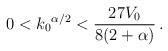
LaTeX: \begin{align*}0 < {k_0}^{\alpha/2} < \frac{27V_0}{8(2 + \alpha)} \,.\end{align*}